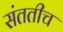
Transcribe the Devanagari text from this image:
संततीच